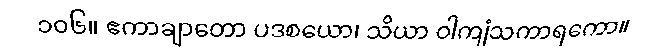
၁၀၆။ ဧကာချာတော ပဒစယော၊ သိယာ ဝါကျံသကာရကော။